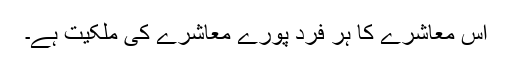
اس معاشرے کا ہر فرد پورے معاشرے کی ملکیت ہے۔